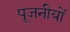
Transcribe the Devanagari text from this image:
पूजनीयों